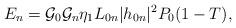
LaTeX: \begin{align*}E_n=\mathcal{G}_{0}\mathcal{G}_{n}\eta_1{L}_{0n}|h_{0n}|^2P_0(1-T),\end{align*}